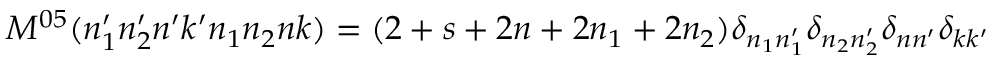
M ^ { 0 5 } ( n _ { 1 } ^ { \prime } n _ { 2 } ^ { \prime } n ^ { \prime } k ^ { \prime } n _ { 1 } n _ { 2 } n k ) = ( 2 + s + 2 n + 2 n _ { 1 } + 2 n _ { 2 } ) \delta _ { n _ { 1 } n _ { 1 } ^ { \prime } } \delta _ { n _ { 2 } n _ { 2 } ^ { \prime } } \delta _ { n n ^ { \prime } } \delta _ { k k ^ { \prime } }